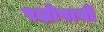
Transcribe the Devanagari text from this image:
रक्षोपायों